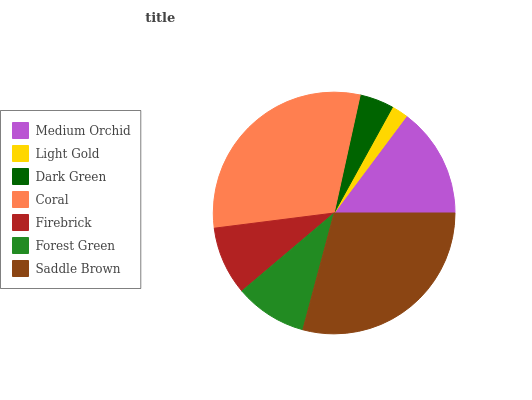
| Medium Orchid | Light Gold | Dark Green | Coral | Firebrick | Forest Green | Saddle Brown |
 | --- | --- | --- | --- | --- | --- | --- |
 | 14.8% | 2.2% | 4.57% | 30.4% | 9.18% | 9.67% | 29.2% |